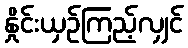
နှိုင်းယှဉ်ကြည့်လျှင်